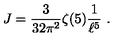
J = { \frac { 3 } { 3 2 \pi ^ { 2 } } } \zeta ( 5 ) { \frac { 1 } { \ell ^ { 5 } } } \ .